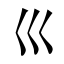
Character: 巛